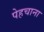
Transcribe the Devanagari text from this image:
पेहचाना